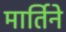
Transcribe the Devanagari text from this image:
मार्तिने